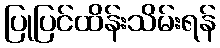
ပြုပြင်ထိန်းသိမ်းရန်